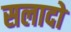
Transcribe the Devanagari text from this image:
सलादो